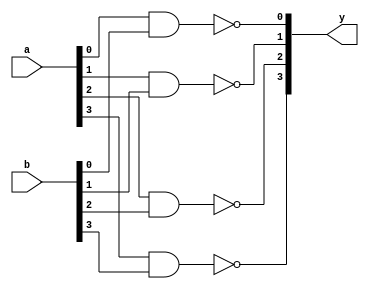
`timescale 1ns / 1ps
//////////////////////////////////////////////////////////////////////////////////
// Module Name: xup_nand_vector
//////////////////////////////////////////////////////////////////////////////////
module xup_nand_vector #(parameter SIZE=4, DELAY=3)(
    input [SIZE-1:0] a,
    input [SIZE-1:0] b,
    output [SIZE-1:0] y
    );

   genvar i;
    generate
       for (i=0; i < SIZE; i=i+1) 
       begin: nand_i
          nand #DELAY(y[i], a[i], b[i]);
       end
    endgenerate

endmodule